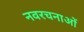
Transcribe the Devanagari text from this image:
नवरचनाओं